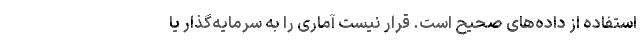
استفاده از داده‌های صحیح است. قرار نیست آماری را به سرمایه‌گذار یا